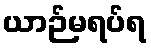
ယာဉ်မရပ်ရ